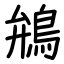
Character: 鴘